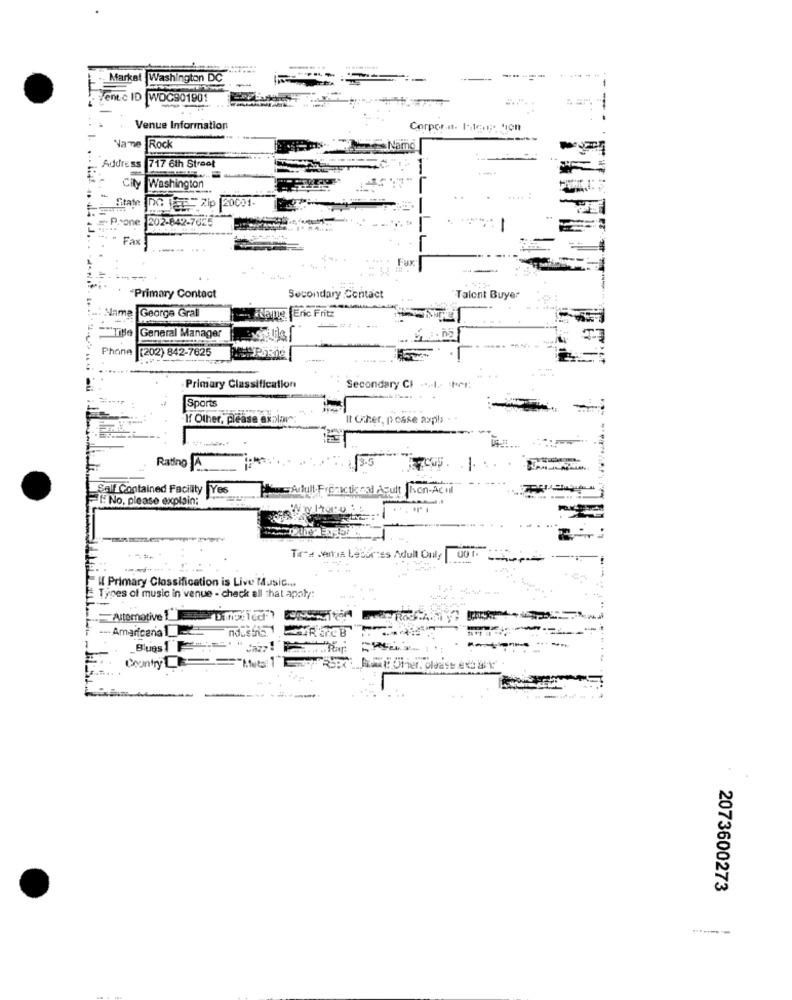
------
.- Market
Washington DC
Venec ID WOG901901
Venue Information
Corpor.n. 1-16.1 ;. hon
Name
Rock
Name
Address
717 6th Street
Washington
Čily
-
Sitate
DG JER= Zip 20001-
# Prone 202-842-7625
# Prone
Fax
.4
de
Primary Contact
Secondary Contact
Talent Buyer
George Grall
Flamme Eric Fritz
General Manager
Phone
[202) 842-7625
Primary Classification
Secondary Cl .... I .- PMI:
Sports
If Other, please explain:
It Ucher, posse axpls
Ratino
Self Contained Facility
Yes
TAdfull.Freescticssl Acult Ien-Acul
FFFNo, please explain;
......
Tires Jemtia Lecartes Adult Only
--
-
--
...
I{ Primary Classification is Live Music ...
Types of music in venue - check all that apoly:
Altemative 1
-- Americana
nousina
Blues1 == '"
Jazy!
Country LE
. .
2073600273